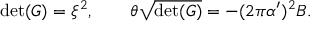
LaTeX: \operatorname * { d e t } ( G ) = \xi ^ { 2 } , \qquad \theta \sqrt { \operatorname * { d e t } ( G ) } = - ( 2 \pi \alpha ^ { \prime } ) ^ { 2 } B .